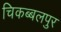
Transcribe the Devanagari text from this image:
चिकब्बलपुर